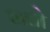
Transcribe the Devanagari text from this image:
भत्तो